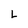
Character: L